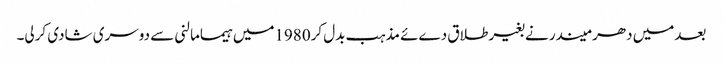
بعدمیں دھر میندر نے بغیرطلاق دےئے مذہب بدل کر1980میں ہیمامالنی سے دوسری شادی کرلی۔